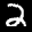
Label: 2